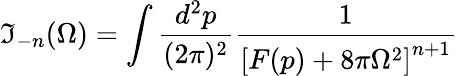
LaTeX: \mathfrak{I}_{-n}(\Omega)=\int\frac{{d^{2}p}}{{(2\pi)^{2}}}\frac{{1}}{{\left[F(p)+8\pi\Omega^{2}\right]^{n+1}}}